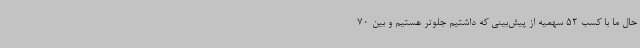
حال ما با کسب 52 سهمیه از پیش‌بینی که داشتیم جلوتر هستیم و بین 70